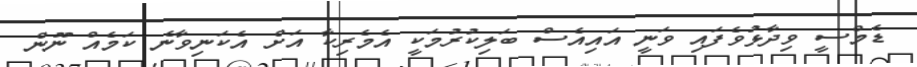
ޑެމްސީ ވިދާޅުވެފައި ވަނީ އައިއެސް ބަލިކުރުމަކީ އެމެރިކާ އަށް އެކަނިވާނެ ކަމެއް ނޫން